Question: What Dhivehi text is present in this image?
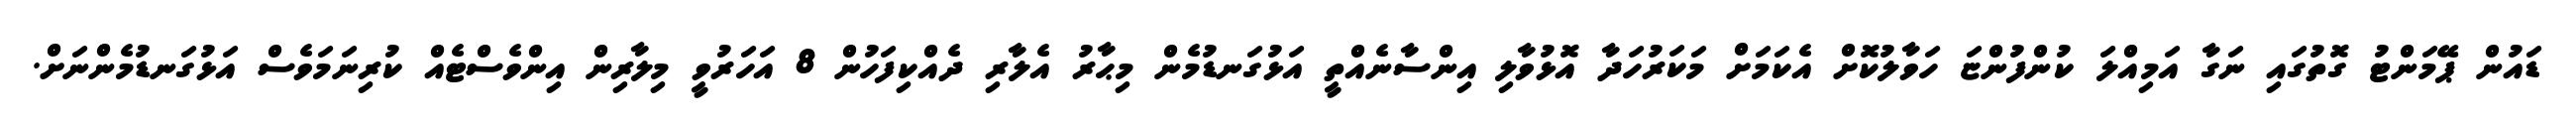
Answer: ޑައުން ޕޭމަންޓު ގޮތުގައި ނަގާ އަމިއްލަ ކުންފުންޏަ ހަވާލުކޮށް އެކަމަށް މަކަރުހަދާ އޮޅުވާލި އިންސާނެއްތީ އަޅުގަނޑުމެން މިޙާރު އެލާރި ދެއްކިފަހުން 8 އަހަރުވީ މިލާރިން އިންވެސްޓެއް ކުރިނަމަވެސް އަޅުގަނޑުމެންނަށް.